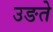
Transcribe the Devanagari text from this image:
उङते